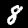
Digit: 8